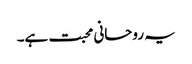
یہ روحانی محبت ہے۔